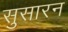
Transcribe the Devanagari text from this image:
सुसारन